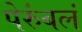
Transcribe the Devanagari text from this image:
पेरुंबलं